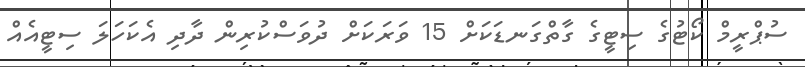
ސުޕްރީމް ކޯޓުގެ ސިޓީގެ ގާތްގަނޑަކަށް 15 ވަރަކަށް ދުވަސްކުރިން ދާދި އެކަހަލަ ސިޓީއެއް